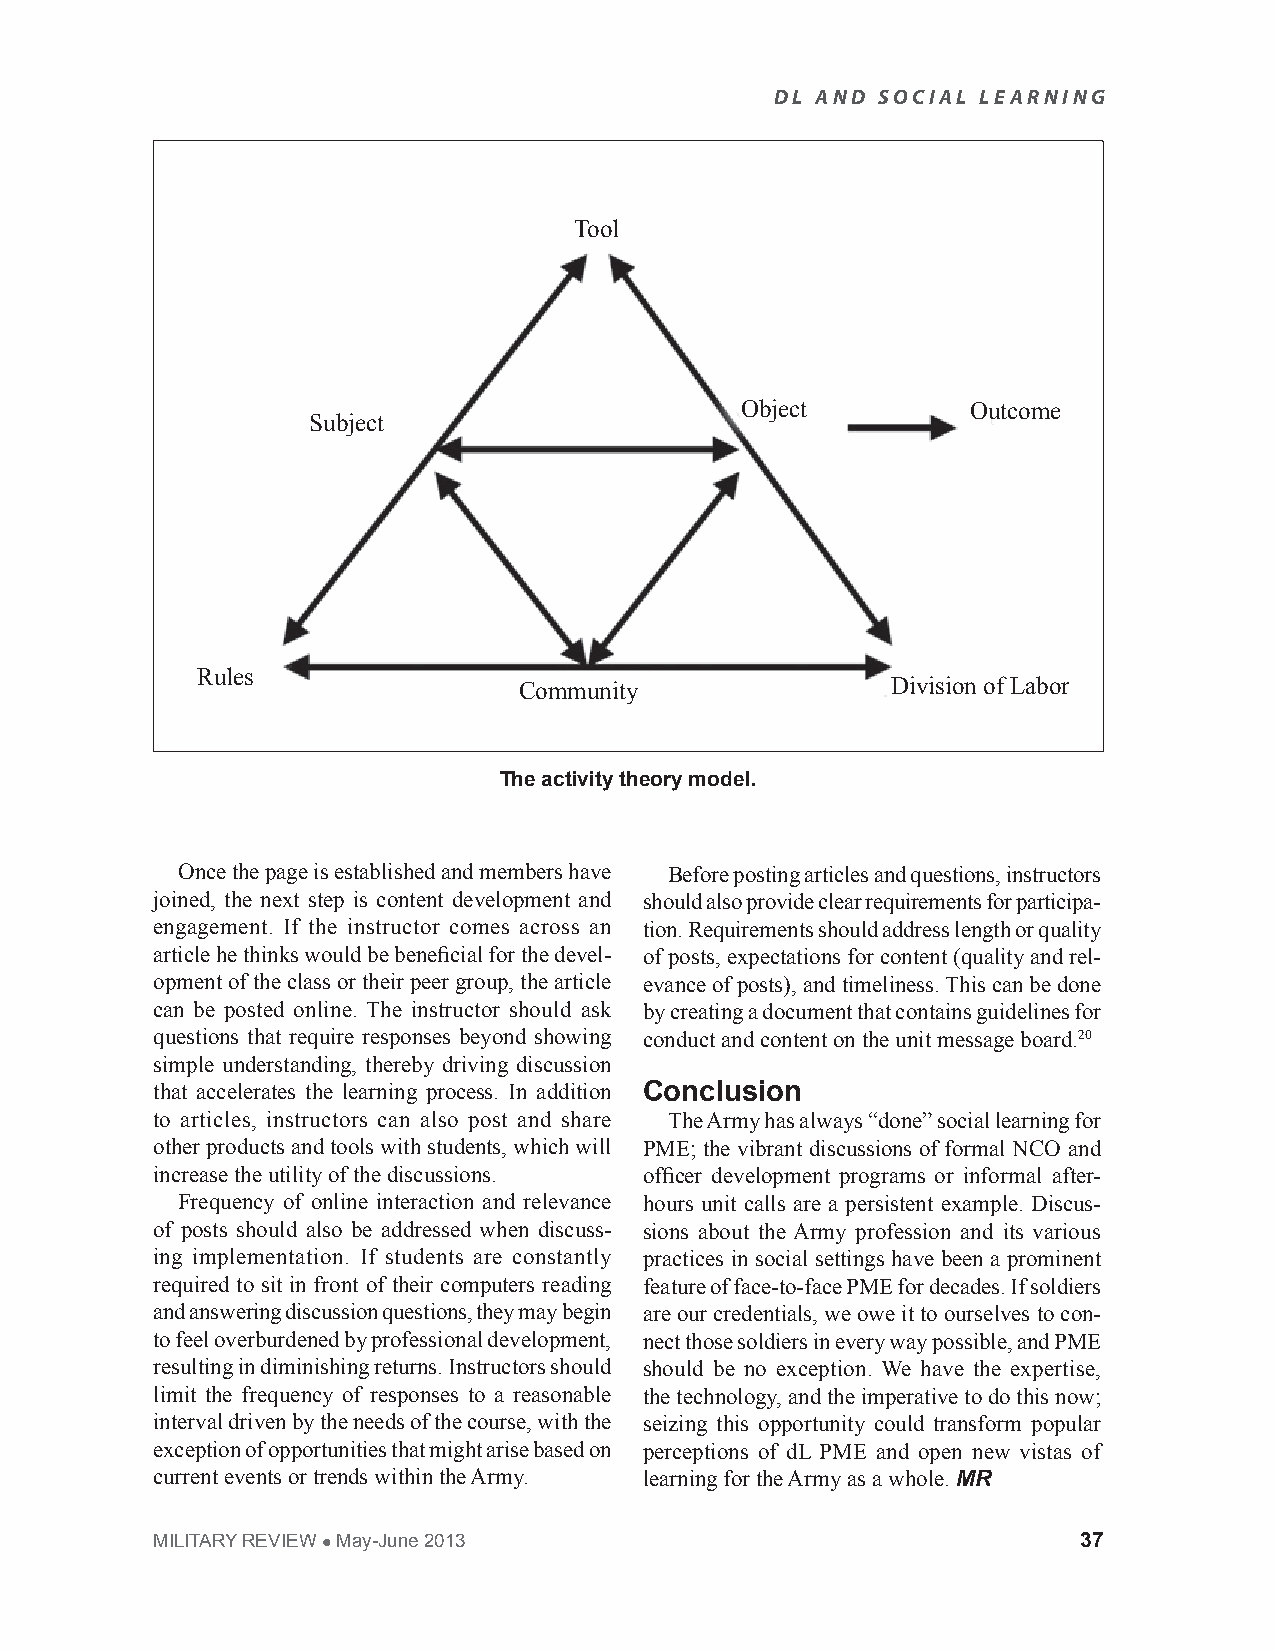
DL AND SOCIAL LEARNING
 Tool
 Object         Outcome
 Subject
 Rules
 Community                Division of Labor
 The activity theory model.
 Once the page is established and members have Before posting articles and questions, instructors
 joined, the next step is content development and should also provide clear requirements for participa-
 engagement. If the instructor comes across an tion. Requirements should address length or quality
 article he thinks would be beneficial for the devel- of posts, expectations for content (quality and rel-
 opment of the class or their peer group, the article evance of posts), and timeliness. This can be done
 can be posted online. The instructor should ask by creating a document that contains guidelines for
 questions that require responses beyond showing conduct and content on the unit message board.20
 simple understanding, thereby driving discussion
 that accelerates the learning process. In addition Conclusion
 to articles, instructors can also post and share The Army has always “done” social learning for
 other products and tools with students, which will PME; the vibrant discussions of formal NCO and
 increase the utility of the discussions. officer development programs or informal after-
 Frequency of online interaction and relevance hours unit calls are a persistent example. Discus-
 of posts should also be addressed when discuss- sions about the Army profession and its various
 ing implementation. If students are constantly practices in social settings have been a prominent
 required to sit in front of their computers reading feature of face-to-face PME for decades. If soldiers
 and answering discussion questions, they may begin are our credentials, we owe it to ourselves to con-
 to feel overburdened by professional development, nect those soldiers in every way possible, and PME
 resulting in diminishing returns. Instructors should should be no exception. We have the expertise,
 limit the frequency of responses to a reasonable the technology, and the imperative to do this now;
 interval driven by the needs of the course, with the seizing this opportunity could transform popular
 exception of opportunities that might arise based on perceptions of dL PME and open new vistas of
 current events or trends within the Army. learning for the Army as a whole. MR
 MILITARY REVIEW  May-June 2013                               37